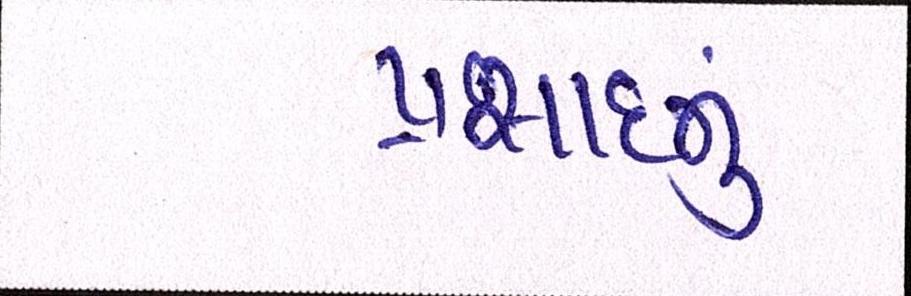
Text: પ્રસાદનું